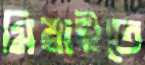
মিয়াইতে